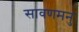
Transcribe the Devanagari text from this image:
सावणमनु